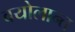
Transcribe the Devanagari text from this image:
वयोलान्त